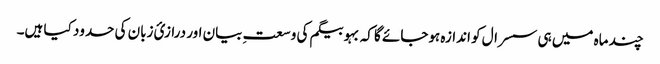
چند ماہ میں ہی سسرال کو اندازہ ہوجائے گا کہ بہو بیگم کی وسعتِ بیان اور درازیٔ زبان کی حدود کیا ہیں۔